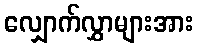
လျှောက်လွှာများအား